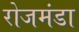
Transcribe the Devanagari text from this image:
रोजमंडा